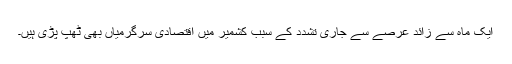
ایک ماہ سے زائد عرصے سے جاری تشدد کے سبب کشمیر میں اقتصادی سرگرمیاں بھی ٹھپ پڑی ہیں۔